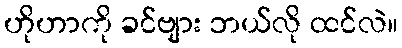
ဟိုဟာကို ခင်ဗျား ဘယ်လို ထင်လဲ။